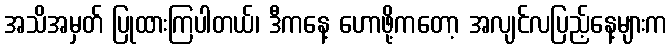
အသိအမှတ် ပြုထားကြပါတယ်၊ ဒီကနေ့ ဟောဖို့ကတော့ အလျင်လပြည့်နေ့များက